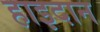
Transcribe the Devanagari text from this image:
हाइदान